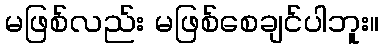
မဖြစ်လည်း မဖြစ်စေချင်ပါဘူး။